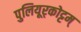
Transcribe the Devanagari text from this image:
पुलियूर्‌कोट्टम्